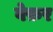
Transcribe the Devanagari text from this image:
वेफ़र